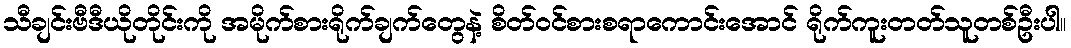
သီချင်းဗီဒီယိုတိုင်းကို အမိုက်စားရိုက်ချက်တွေနဲ့ စိတ်ဝင်စားစရာကောင်းအောင် ရိုက်ကူးတတ်သူတစ်ဦးပါ။